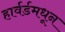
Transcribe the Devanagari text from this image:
हार्वर्डमधून